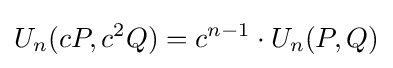
U_{n}(cP,c^{2}Q)=c^{n-1}\cdot U_{n}(P,Q)